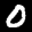
Label: 0